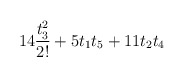
\begin{align*}14 \frac{t_3^2}{2!} + 5 t_1 t_5 + 11 t_2 t_4\end{align*}